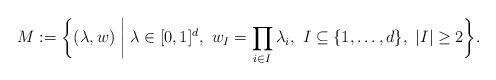
LaTeX: \begin{align*}M:= \biggl\{(\lambda, w) \biggm| \lambda \in [0,1]^d,\ w_I = \prod_{i \in I}\lambda_i,\ I \subseteq \{1, \ldots,d \},\ \lvert I \rvert \geq 2 \biggr\}. \end{align*}